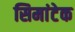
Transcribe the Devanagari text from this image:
सिमांटेक